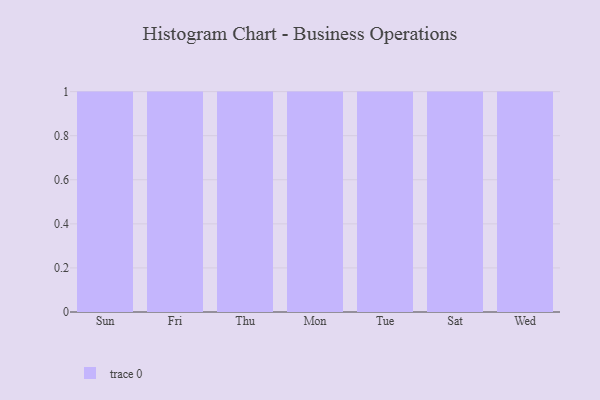
{"axis": {"x": "Day", "y": "Energy Usage (MWh)"}, "legend": [""], "data": [{"x": "Sun", "y": 26, "type": ""}, {"x": "Fri", "y": 8, "type": ""}, {"x": "Thu", "y": 15, "type": ""}, {"x": "Mon", "y": 10, "type": ""}, {"x": "Tue", "y": 5, "type": ""}, {"x": "Sat", "y": 64, "type": ""}, {"x": "Wed", "y": 28, "type": ""}]}